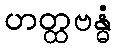
ဟတ္ထဗန္ဓံ